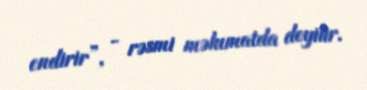
endirir”, - rəsmi məlumatda deyilir.